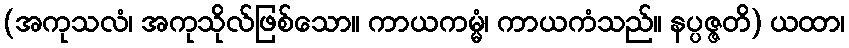
(အကုသလံ၊ အကုသိုလ်ဖြစ်သော။ ကာယကမ္မံ၊ ကာယကံသည်။ နပ္ပဇ္ဇတိ) ယထာ၊